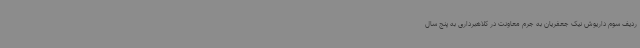
ردیف سوم داریوش نیک جعفریان به جرم معاونت در کلاهبرداری به پنج سال